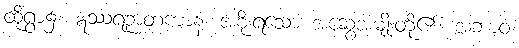
ထိုရွာ၌။ ဣဿရဉာတကာနံ၊ အစိုးရသော အဆွေအမျိုးတို့၏။ အဘာဝံ၊